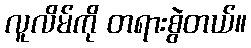
လူလိမ်ကို တရားစွဲတယ်။